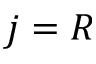
j = R